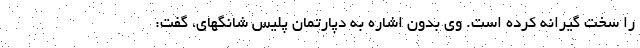
را سخت گیرانه کرده است. وی بدون اشاره به دپارتمان پلیس شانگهای، گفت: